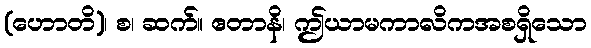
(ဟောတိ)၊ စ၊ ဆက်။ ဧတာနိ၊ ဤယာမကာလိကအစရှိသော